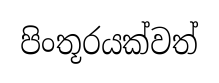
පිංතූරයක්වත්